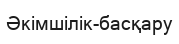
Әкімшілік-басқару